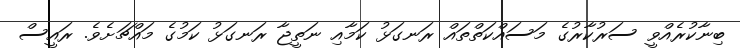
ބިނާކުރެއްވީ ސަރުކާރުގެ މަސައްކަތްތައް ރަނގަޅު ކަމާއި ނަތީޖާ ރަނގަޅު ކަމުގެ މައްޗަށެވެ. ރައީސް